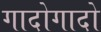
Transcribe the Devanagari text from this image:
गादोगादो